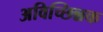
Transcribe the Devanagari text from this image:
अविच्छिन्नक